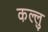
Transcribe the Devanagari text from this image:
कल्लु